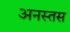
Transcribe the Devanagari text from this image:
अनस्तस